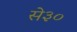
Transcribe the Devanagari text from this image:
से३०